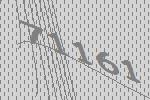
71161